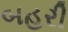
બહરી